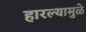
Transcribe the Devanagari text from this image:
हारल्यामुळे